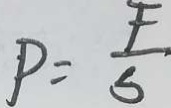
P = \frac { F } { S }